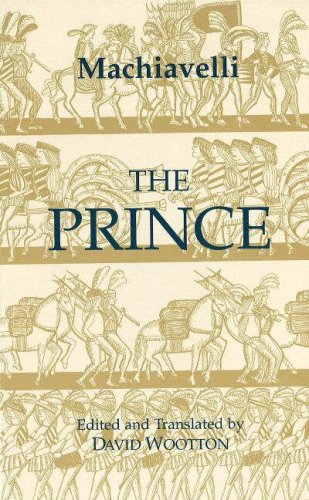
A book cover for The Prince (Hackett Classics); Niccolo Machiavelli; Politics & Social Sciences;